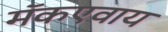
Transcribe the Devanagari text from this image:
मॅकएवाय